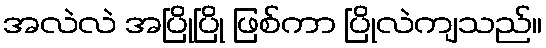
အလဲလဲ အပြိုပြို ဖြစ်ကာ ပြိုလဲကျသည်။